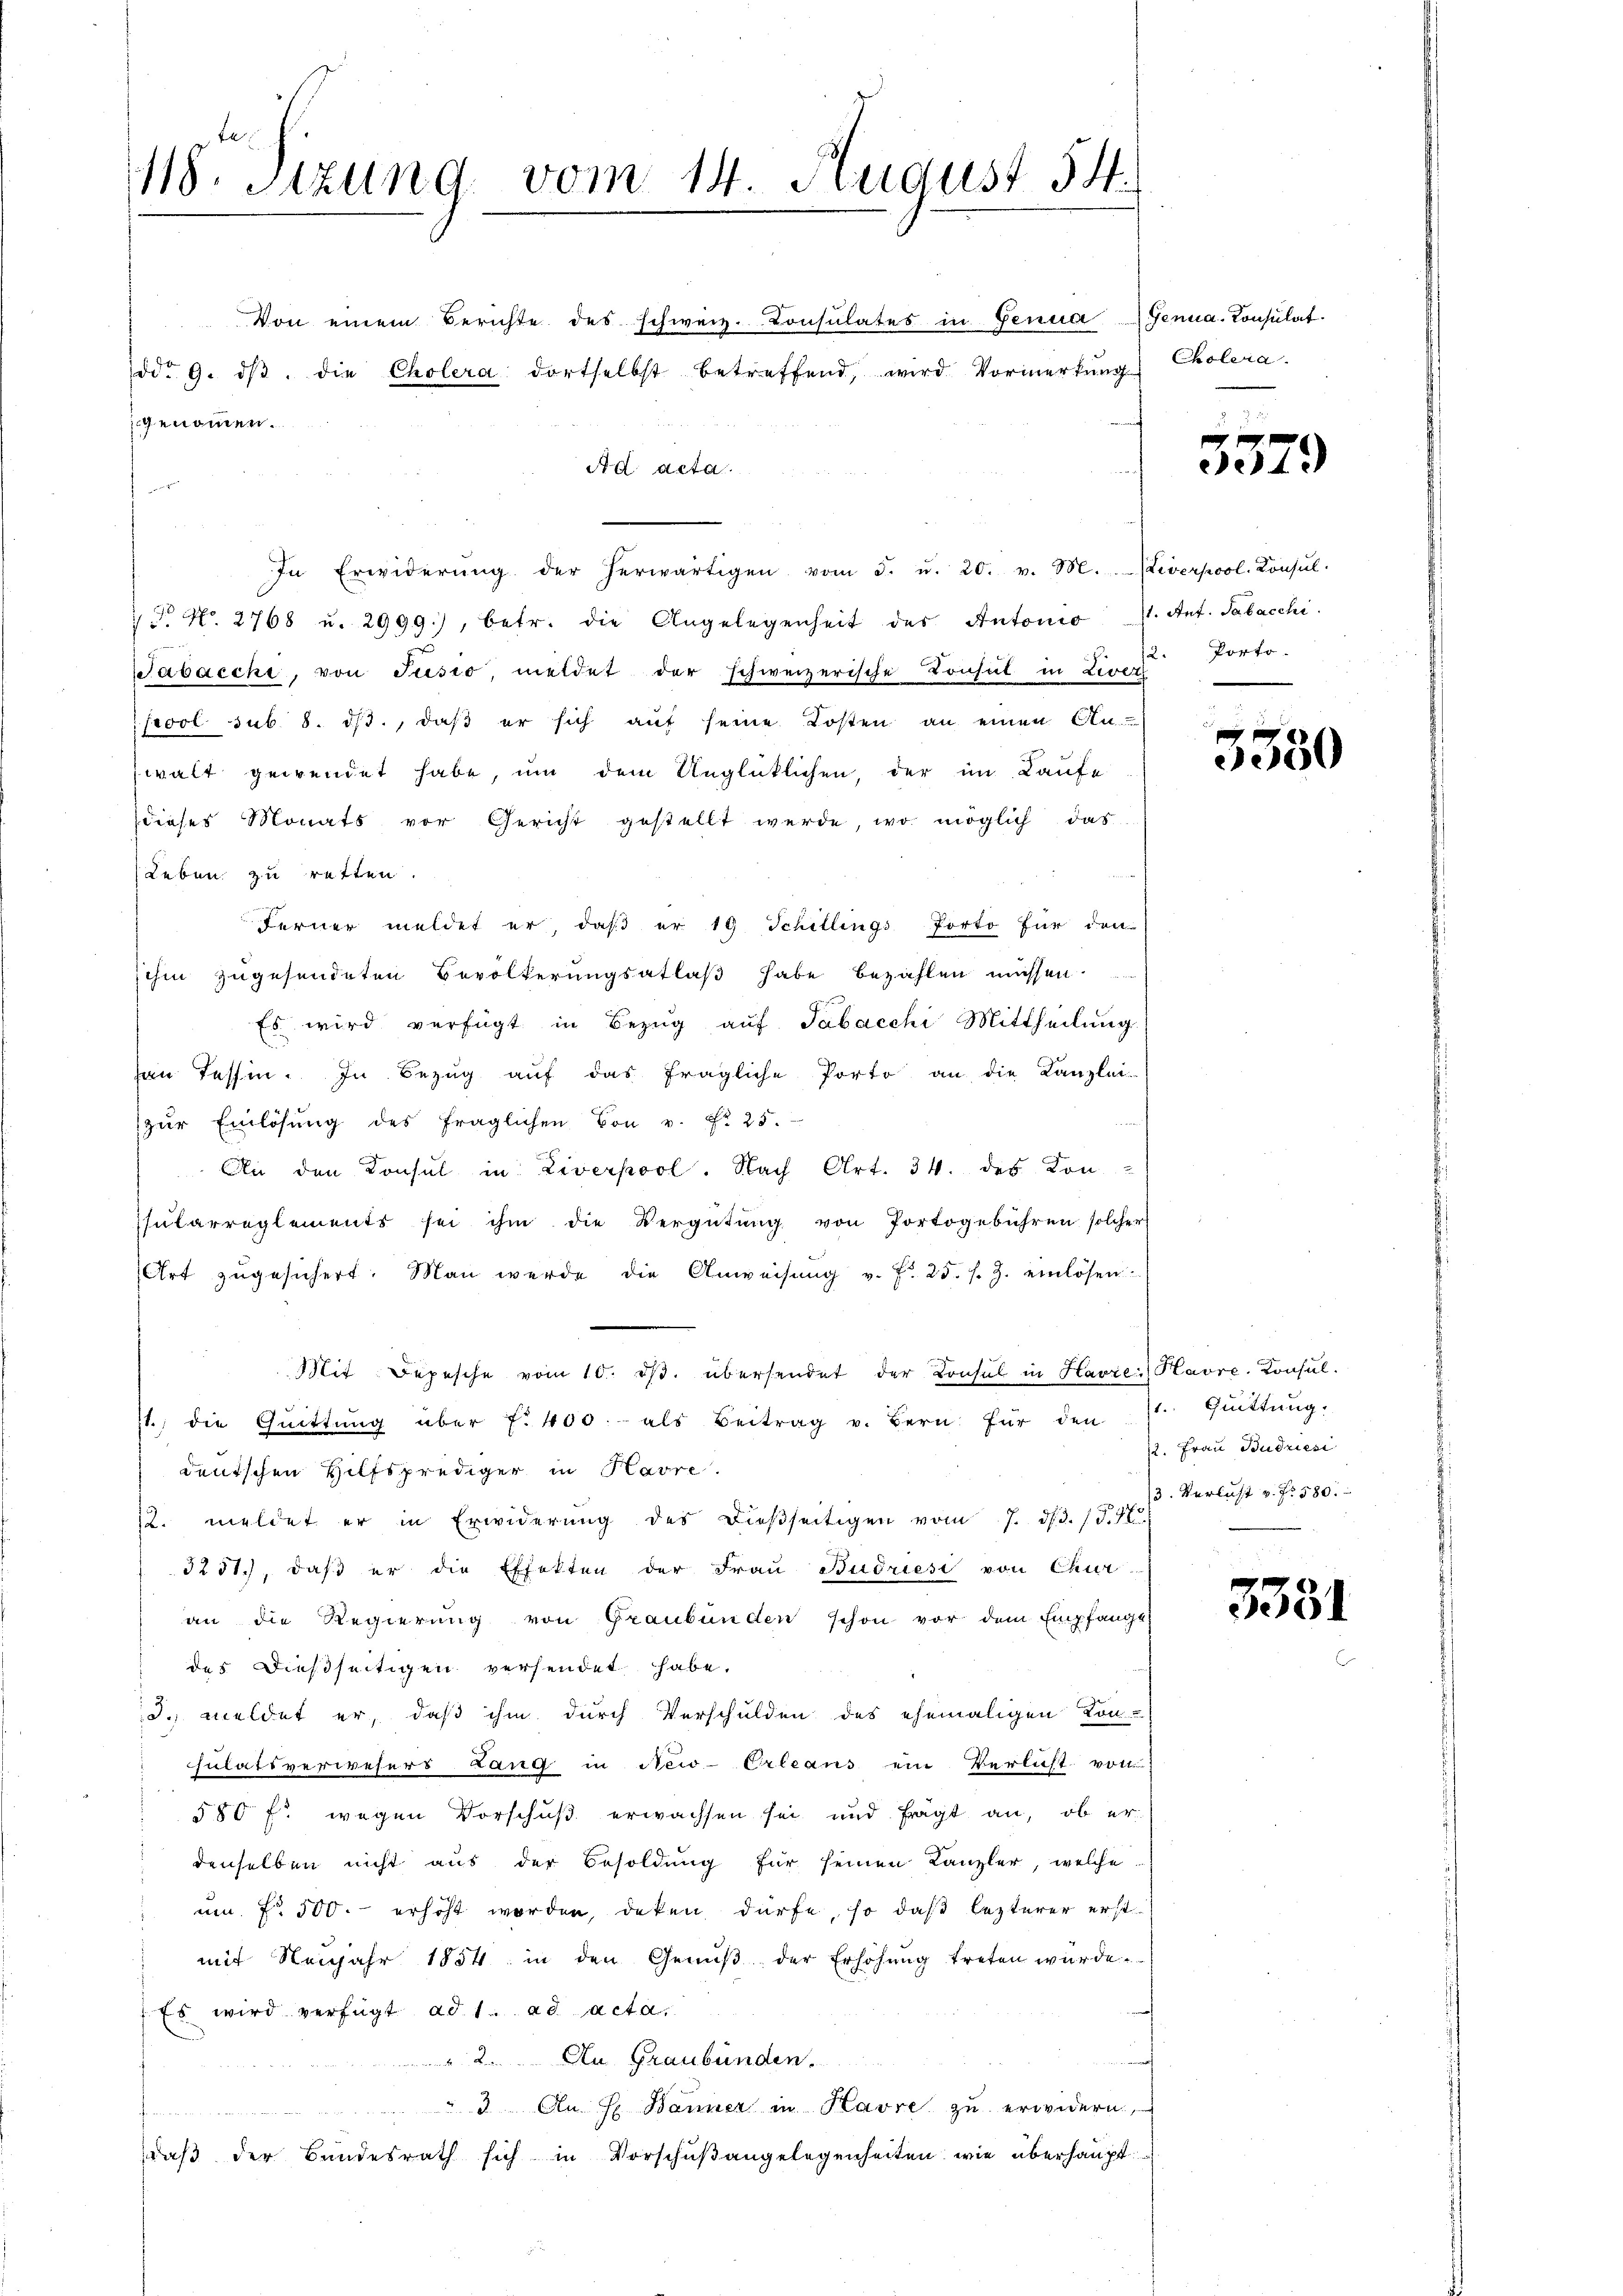
118. Stzung vom 14. August 14.

genommen.

Von einem Berichte des schweiz. Consulates in Genua Genua-Consulat
ddo 9. dβ. die Cholera dortselbst betreffend, wird Vormerkŭng
Ad acta.
s
In Erwiderŭng der herwärtigen vom 5. u. 20. v. M. Diverpool. Konsŭl-
 dr No. 2768 u. 2999), betr. die Angelegenheit des Antonio 1. Ant. Sabacchi
Jabacchi, von Jusio, meldet der schweizerische Konsul in Liver Porto-
pool sub. 8. ds., daß er sich auf seine Kosten an einen An-
walt gewendet habe, um dem Unglücklichen, der im Kaufe
dieses Monats vor Gericht gestellt werde, wo möglich das
Leben zu retten.
Ferner meldet er daβ er 19 Schillings Porto für den
ihm zugesendeten Bevölkerungsatlaβ habe bezahlen müssen.
Es wird verfügt in Bezŭg aŭf Tabacchi Mittheilung
han Tessin. In Bezŭg aŭf das fragliche Porto an die Kanzlei-
zŭr Einlösung des fraglichen von v. Fr. 25.
An den Konsul in Liverpool. Nach Art. 34. des Kon-
sutarreglements sei ihm die Vergütŭng von Portogebühren solcher
Art zŭgesichert. Man werde die Anweisŭng v. fr. 25. s. Z. einlösen
Mit Depesche vom 10. dβ. übersendet der Konsul in Havre: Havre-Konsul-
11. die Quittŭng über f. 400.- als Beitrag v. Bern für den 1. Quittŭng.
deutschen Hilfsprediger in Havre.
2. meldet er in Erwiderŭng des dießseitigen vom 7. ds. d. 15. N
3251), daß er die Effekten der Frau Budriesi von Chur-
an die Regierung von Graubünden schon vor dem Empfange
des Dießseitigen versendet habe.
d. meldet er, daß ihm durch Verschulden des ehemaligen Kon-
sulatsverwesers Lang in New-Orleans ein Verlicht von
580 f. wegen Vorschuß erwachsen sei und fragt an, ob er
denselben nicht aus der Besoldung für seinen Kanzler, welche
um Fr. 500. erhöht worden, deken dürfe, so daß lezterer erst
mit Neujahr 1854 in den Genuß der Erhöhung treten würde.
Es wird verfügt ad 1. ad acta.
 2. An Graubünden.
" 3 An H. Banner in Havre zu erwidern,
e
daß der Bundesrath sich in Vorschußangelegenheiten wie überhaupt

Cholera.

5379

3380

12. Frau Budriesi
13. Verlust v. fr. 580.

3381